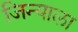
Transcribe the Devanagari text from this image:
जिन्याला